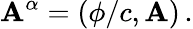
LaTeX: \mathbf{A}^{\alpha}=\left(\phi/c,\mathbf{{\mathbf{A}}}\right)\, .